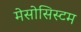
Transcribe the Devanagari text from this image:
मेसोसिस्टम